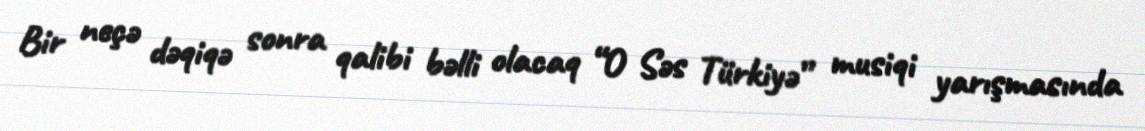
Bir neçə dəqiqə sonra qalibi bəlli olacaq “O Səs Türkiyə” musiqi yarışmasında